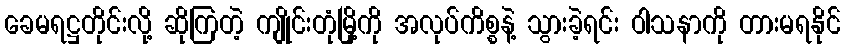
ခေမရဋ္ဌတိုင်းလို့ ဆိုကြတဲ့ ကျိုင်းတုံမြို့ကို အလုပ်ကိစ္စနဲ့ သွားခဲ့ရင်း ဝါသနာကို တားမရနိုင်